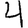
Digit: 4